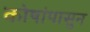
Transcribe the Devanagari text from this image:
कोषांपासुन